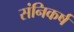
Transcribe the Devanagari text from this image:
संनिकर्ष